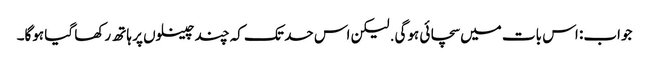
جواب: اس بات میں سچائی ہوگی. لیکن اس حد تک کہ چند چینلوں پر ہاتھ رکھا گیا ہوگا۔